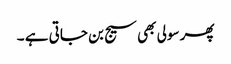
پھر سولی بھی سیج بن جاتی ہے ۔